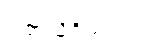
ပါရာသိဝိယဿ